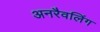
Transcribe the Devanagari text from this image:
अनरैवलिंग